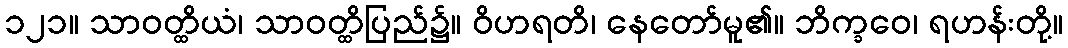
၁၂၁။ သာဝတ္ထိယံ၊ သာဝတ္ထိပြည်၌။ ဝိဟရတိ၊ နေတော်မူ၏။ ဘိက္ခဝေ၊ ရဟန်းတို့။